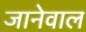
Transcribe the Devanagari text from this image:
जानेवाल